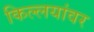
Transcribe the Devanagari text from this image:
किल्लयांवर